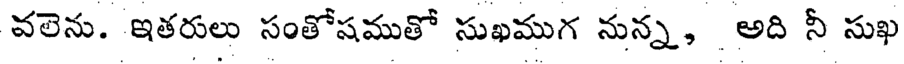
వలెను. ఇతరులు సంతోషముతో సుఖముగ నున్న, అది నీ సుఖ